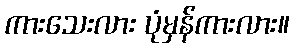
ကားသေးလား ပုံမှန်ကားလား။